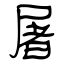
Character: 屠